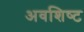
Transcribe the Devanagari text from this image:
अवशिष्‍ट